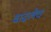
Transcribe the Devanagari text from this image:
वाढलेच